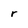
Character: r